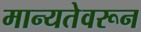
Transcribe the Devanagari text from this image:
मान्यतेवरून